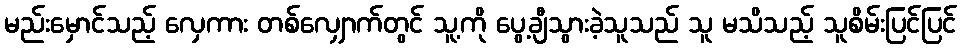
မည်းမှောင်သည့် လှေကား တစ်လျှောက်တွင် သူ့ကို ပွေ့ချီသွားခဲ့သူသည် သူ မသိသည့် သူစိမ်းပြင်ပြင်